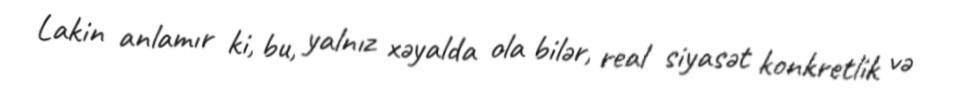
Lakin anlamır ki, bu, yalnız xəyalda ola bilər, real siyasət konkretlik və